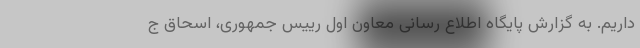
داریم. به گزارش پایگاه اطلاع رسانی معاون اول رییس جمهوری، اسحاق ج